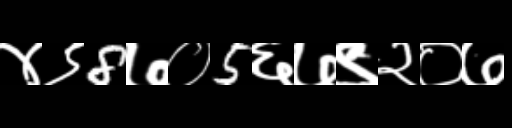
Text: ४९8७०5६७९२०७